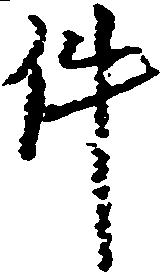
件